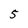
Character: 5